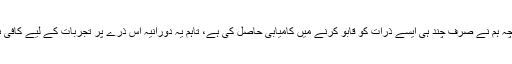
اگرچہ ہم نے صرف چند ہی ایسے ذرات کو قابو کرنے میں کامیابی حاصل کی ہے، تاہم یہ دورانیہ اس ذرے پر تجربات کے لیے کافی ہے۔